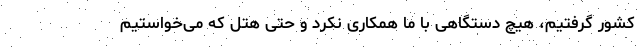
کشور گرفتیم، هیچ دستگاهی با ما همکاری نکرد و حتی هتل که می‌خواستیم